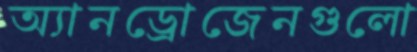
অ্যানড্রোজেনগুলো